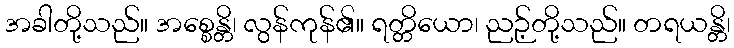
အခါတို့သည်။ အစ္စေန္တိ၊ လွန်ကုန်၏။ ရတ္တိယော၊ ညဉ့်တို့သည်။ တရယန္တိ၊